Vaccination in Bombay 1913-1923 - 1913-1923
Year: 1913
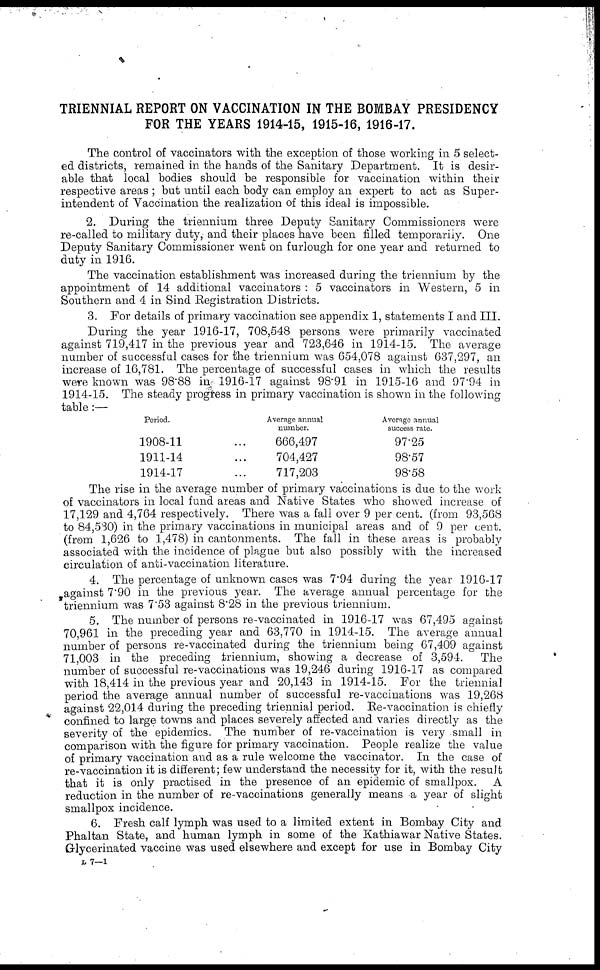
TRIENNIAL REPORT ON VACCINATION IN THE BOMBAY PRESIDENCY
FOR THE YEARS 1914-15, 1915-16, 1916-17.
The control of vaccinators with the exception of those working in 5 select-
ed districts, remained in the hands of the Sanitary Department. It is desir-
able that local bodies should be responsible for vaccination within their
respective areas ; but until each body can employ an expert to act as Super-
intendent of Vaccination the realization of this ideal is impossible.
2. During the triennium three Deputy Sanitary Commissioners were
re-called to military duty, and their places have been filled temporarily. One
Deputy Sanitary Commissioner went on furlough for one year and returned to
duty in 1916.
The vaccination establishment was increased during the triennium by the
appointment of 14 additional vaccinators : 5 vaccinators in Western, 5 in
Southern and 4 in Sind Registration Districts.
3. For details of primary vaccination see appendix 1, statements I and III.
During the year 1916-17, 708,548 persons were primarily vaccinated
against 719,417 in the previous year and 723,646 in 1914-15. The average
number of successful cases for the triennium was 654,078 against 637,297, an
increase of 16,781. The percentage of successful cases in which the results
were known was 98.88 in 1916-17 against 98.91 in 1915-16 and 97.94 in
1914-15. The steady progress in primary vaccination is shown in the following
table :—
Period.
1908-11 ...
1911-14 ...
1914-17 ...
Average annual
number.
666,497
704,427
717,203
Average annual
success rate.
97.25
98.57
98.58
The rise in the average number of primary vaccinations is due to the work
of vaccinators in local fund areas and Native States who showed increase of
17,129 and 4,764 respectively. There was a fall over 9 per cent. (from 93,568
to 84,530) in the primary vaccinations in municipal areas and of 9 per cent.
(from 1,626 to 1,478) in cantonments. The fall in these areas is probably
associated with the incidence of plague but also possibly with the increased
circulation of anti-vaccination literature.
4. The percentage of unknown cases was 7.94 during the year 1916-17
against 7.90 in the previous year. The average annual percentage for the
triennium was 7.53 against 8.28 in the previous triennium.
5. The number of persons re-vaccinated in 1916-17 was 67,495 against
70,961 in the preceding year and 63,770 in 1914-15. The average annual
number of persons re-vaccinated during the triennium being 67,409 against
71,003 in the preceding triennium, showing a decrease of 3,594.
The
number of successful re-vaccinations was 19,246 during 1916-17 as compared
with 18,414 in the previous year and 20,143 in 1914-15. For the triennial
period the average annual number of successful re-vaccinations was 19,268
against 22,014 during the preceding triennial period. Re-vaccination is chiefly
confined to large towns and places severely affected and varies directly as the
severity of the epidemics. The number of re-vaccination is very small in
comparison with the figure for primary vaccination. People realize the value
of primary vaccination and as a rule welcome the vaccinator. In the case of
re-vaccination it is different; few understand the necessity for it, with the result
that it is only practised in the presence of an epidemic of smallpox. A
reduction in the number of re-vaccinations generally means a year of slight
smallpox incidence.
6. Fresh calf lymph was used to a limited extent in Bombay City and
Phaltan State, and human lymph in some of the Kathiawar Native States.
Glycerinated vaccine was used elsewhere and except for use in Bombay City
L 7—1